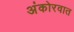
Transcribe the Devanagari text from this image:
अंकोरवात